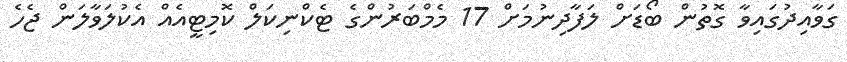
ގަވާއިދުގައިވާ ގޮތުން ބޯޑަށް ލަފާދިނުމަށް 17 މެމްބަރުންގެ ޓެކްނިކަލް ކޮމިޓީއެއް އެކުލަވާލަން ޖެހެ